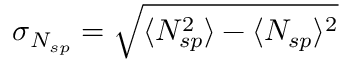
\sigma _ { N _ { s p } } = \sqrt { \langle N _ { s p } ^ { 2 } \rangle - \langle N _ { s p } \rangle ^ { 2 } }